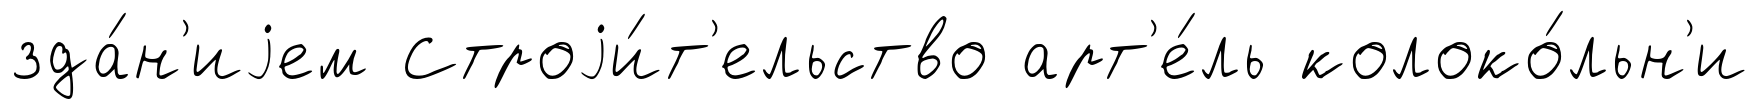
зда́н'иjем Строjи́т'ельство арт'е́ль колоко́льн'и